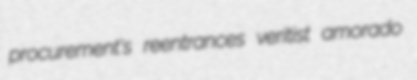
procurement's reentrances veritist amorado